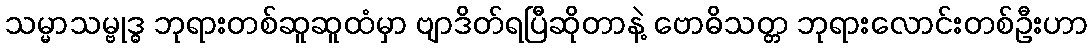
သမ္မာသမ္ဗုဒ္ဓ ဘုရားတစ်ဆူဆူထံမှာ ဗျာဒိတ်ရပြီဆိုတာနဲ့ ဗောဓိသတ္တ ဘုရားလောင်းတစ်ဦးဟာ